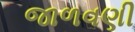
જાળવણી